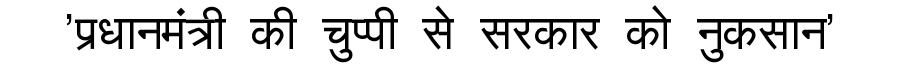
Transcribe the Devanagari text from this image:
'प्रधानमंत्री की चुप्पी से सरकार को नुकसान'